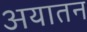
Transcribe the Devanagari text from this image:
अयातन